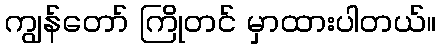
ကျွန်တော် ကြိုတင် မှာထားပါတယ်။